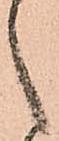
之